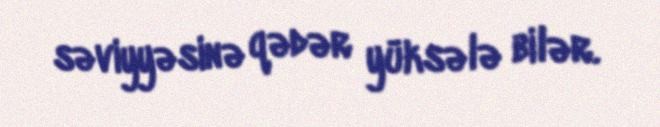
səviyyəsinə qədər yüksələ bilər.